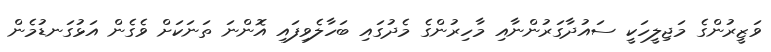
ވަޒީރުންގެ މަޖިލީހަކީ ސައުދާގަރުންނާއި މާހިރުންގެ މެދުގައި ބަހާލެވިފައި އޮންނަ ތަނަކަށް ވެގެން އަޅުގަނޑުމެން